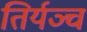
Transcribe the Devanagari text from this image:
तिर्यञ्च